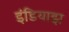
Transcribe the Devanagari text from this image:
इंडियाझ